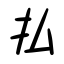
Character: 払